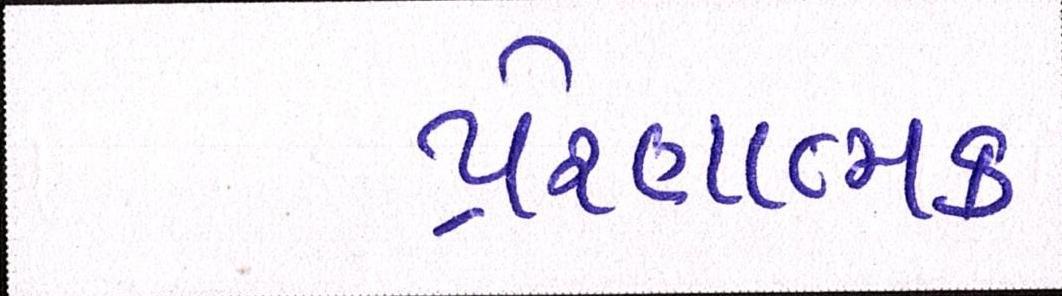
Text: પ્રેરણાત્મક